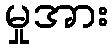
မှုအား